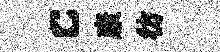
c康彷